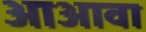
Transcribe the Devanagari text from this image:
आअावा